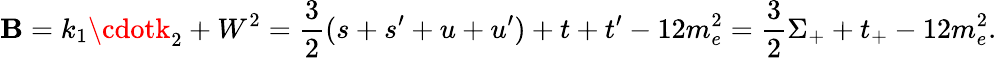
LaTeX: \mathbf{B}=k_{1}\cdotk_{2}+W^{2}=\frac{{3}}{{2}}(s+s^{\prime}+u+u^{\prime})+t+t^{\prime}-12m_{e}^{2}=\frac{{3}}{{2}}\Sigma_{+}+t_{+}-12m_{e}^{2}.